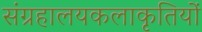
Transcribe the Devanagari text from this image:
संग्रहालयकलाकृतियों